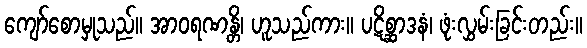
ကျော်စောမှုသည်။ အာဝရဏန္တိ၊ ဟူသည်ကား။ ပဋိစ္ဆာဒနံ၊ ဖုံးလွှမ်းခြင်းတည်း။